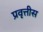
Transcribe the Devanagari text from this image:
प्रवृत्तीस